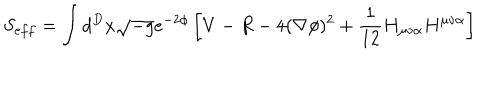
S _ { e f f } = \int d ^ { D } x \sqrt { - g } e ^ { - 2 \phi } \left[ V - R - 4 ( \nabla \phi ) ^ { 2 } + \frac { 1 } { 1 2 } H _ { \mu \nu \alpha } H ^ { \mu \nu \alpha } \right]